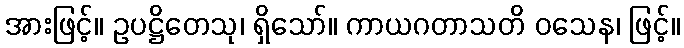
အားဖြင့်။ ဥပဋ္ဌိတေသု၊ ရှိသော်။ ကာယဂတာသတိ ဝသေန၊ ဖြင့်။